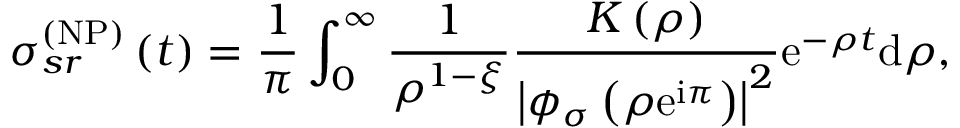
\sigma _ { s r } ^ { \left( \mathrm { N P } \right) } \left( t \right) = \frac { 1 } { \pi } \int _ { 0 } ^ { \infty } \frac { 1 } { \rho ^ { 1 - \xi } } \frac { K \left( \rho \right) } { \left\vert \phi _ { \sigma } \left( \rho \mathrm { e } ^ { \mathrm { i } \pi } \right) \right\vert ^ { 2 } } \mathrm { e } ^ { - \rho t } \mathrm { d } \rho ,